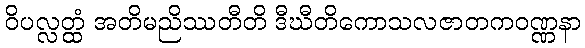
ဝိပလ္လတ္ထံ အတိမညိဿတီတိ ဒီဃီတိကောသလဇာတကဝဏ္ဏနာ